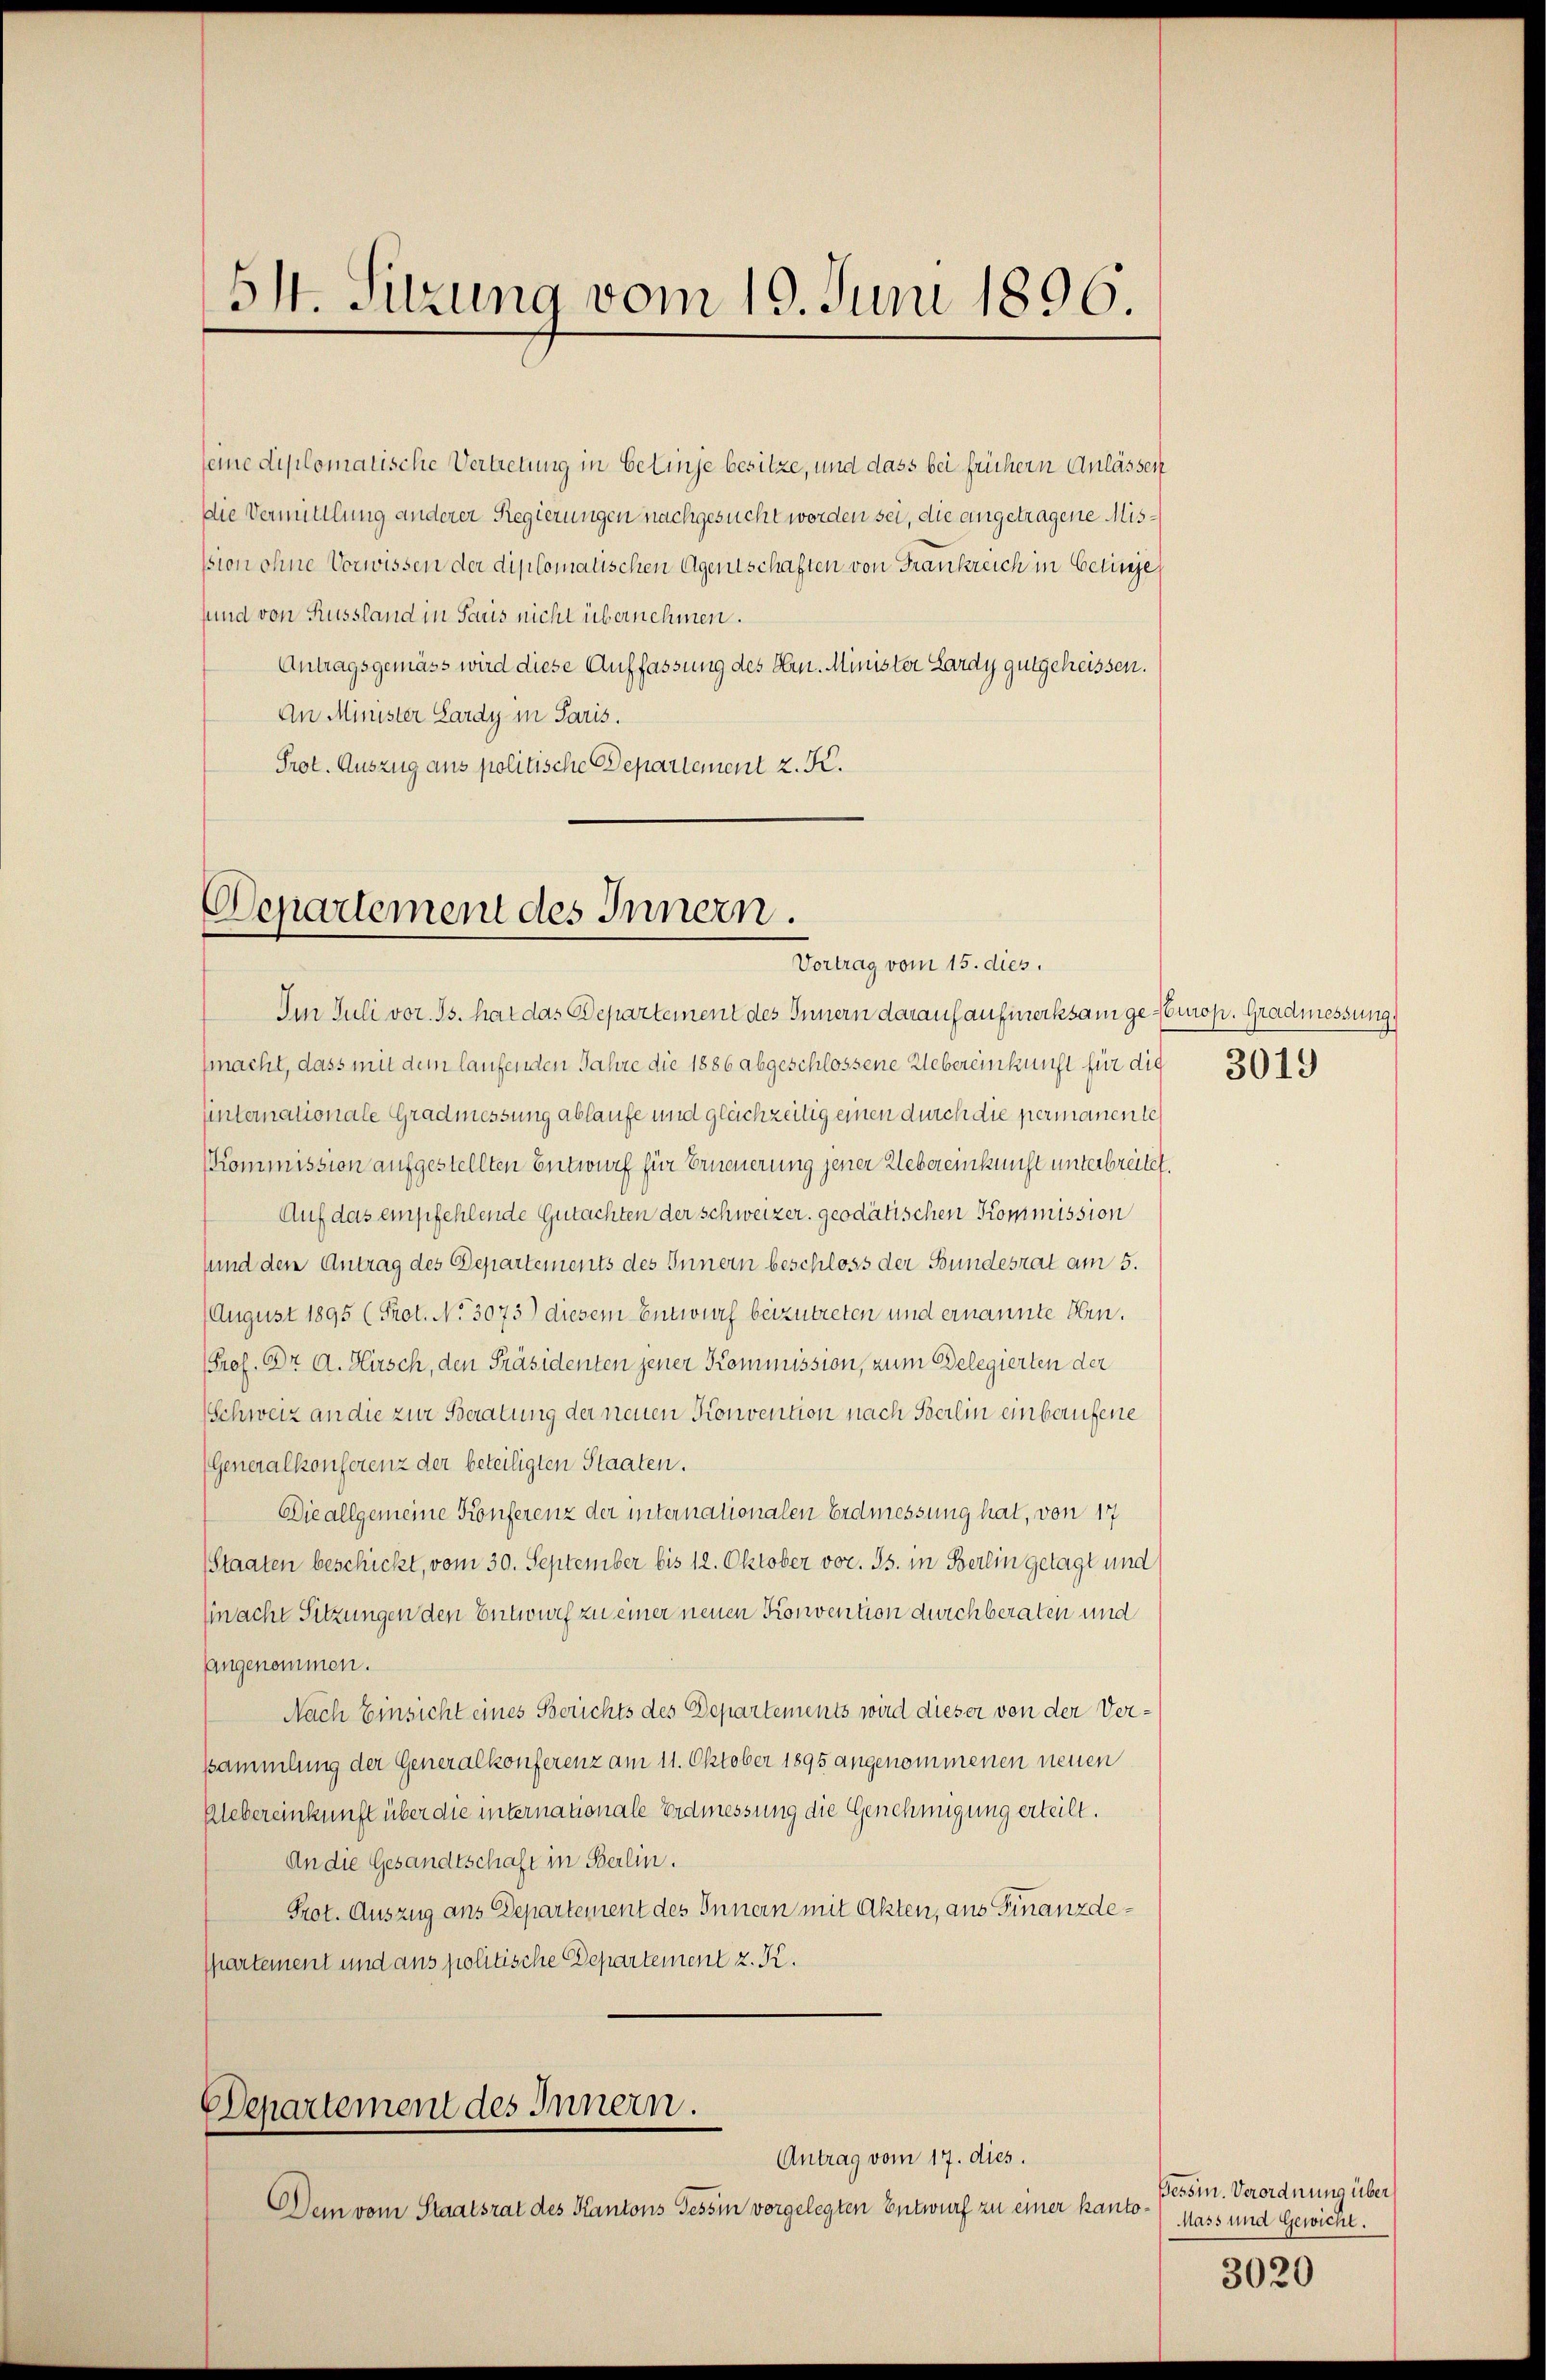
51. Sitzung vom 19. Juni 1896

seine diplomatische Vertretung in Betinge besitze, und dass bei frühern Anlassen
Die Vermittlung anderer Regierungen nachgesucht worden sei, die angetragene Misssion ohne Vorwissen der diplomatischen Agentschaften von Frankreich in Betinge
sund von Russland in Saus nicht übernehmen.
Antragsgemäss wird diese Auffassung des Hrn. Minister Lardy gutgeheissen.
An Minister Lardy in Paris.
Prot. Auszug aus politische Departement z. K.

Departement des Innern.
Vortrag vom 15. dies.

Im Juli vor. Js. hat das Departement des Innern darauf aufmerksam ge-Curop. Gradmessung,
fmacht, dass mit dem laufenden Jahre die 1886 abgeschlossene Uebereinkunft für die 301.
unternationale Gradmessung ablaufe und gleichzeitig einen durch die permanente
KKommission aufgestellten Entwurf für Erneuerung jener Uebereinkunft unterbreitet.
Auf das empfehlende Gutachten der Schweizer. geodätischen Kommission
sund der Antrag des Departements des Innern beschloss der Bundesrat am 5.
August 1895 (Prot. No 3073) diesem Entwurf beizutreten und ernannte Hrn.
Prof. Dr A. Hirsch, den Präsidenten jener Kommission, zum Belegierten der
Schweiz an die zur Beratung der neuen Konvention nach Berlin einberufene
Generalkonferenz der beteiligten Staaten.
Die allgemeine Konferenz der internationalen Erdmessung hat, von 17
Staaten beschickt, vom 30. September bis 12. Oktober vor. Js. in Berlin getagt und
(inache Sitzungen den Entwurf zu einer neuen Konvention durchberaten und
Angenommen.
Nach Einsicht eines Berichts des Departements wird dieser von der Versammlung der Generalkonferenz am 11. Oktober 1895 angenommenen neuen
Uebereinkunft über die internationale Erdmessung die Genehmigung erteilt.
An die Gesandtschaft in Berlin.
Prot. Auszug ans Departement des Innern mit Akten, aus Finanzde¬
Ppartement und aus politische Departement z. K.

Departement des Innern.
Antrag vom 17. dies.

Dein vom Staatsrat des Kantons Tessin vorgelegten Entwurf zu einer kan

Bessin. Verordnung über
t
Mass und Gewicht.

3020